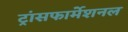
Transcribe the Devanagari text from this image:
ट्रांसफार्मेशनल